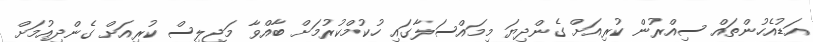
އަޑުއެހުންތައް ސިއްރުން ކުރިއަށް ގެންދިޔަ މިމައްސަލާގައި ހުކުމްކުރުމަށް ބާއްވާ މަޖިލިސް ކުރިއަށް ގެންދިއުމަށް